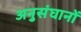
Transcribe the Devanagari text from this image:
अनुसंघानों